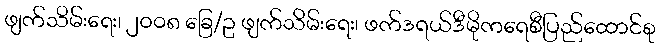
ဖျက်သိမ်းရေး၊ ၂၀၀၈ ခြေ/ဥ ဖျက်သိမ်းရေး၊ ဖက်ဒရယ်ဒီမိုကရေစီပြည်ထောင်စု